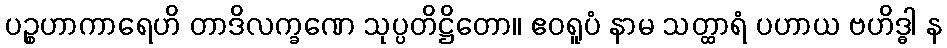
ပဉ္စဟာကာရေဟိ တာဒိလက္ခဏေ သုပ္ပတိဋ္ဌိတော။ ဧဝရူပံ နာမ သတ္ထာရံ ပဟာယ ဗဟိဒ္ဓါ န